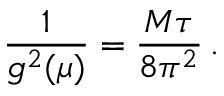
\frac { 1 } { g ^ { 2 } ( \mu ) } = \frac { M \tau } { 8 \pi ^ { 2 } } \, .